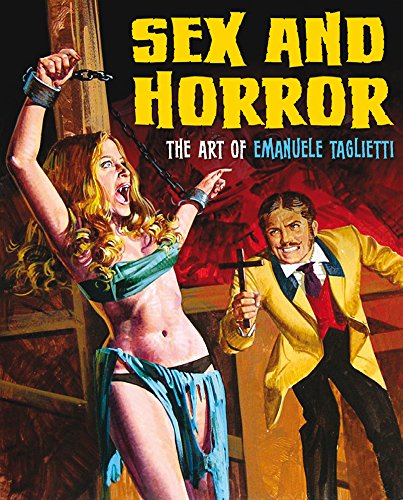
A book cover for Sex and Horror: The Art of Emanuele Taglietti; Comics & Graphic Novels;